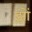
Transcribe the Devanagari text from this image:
झ़ों